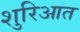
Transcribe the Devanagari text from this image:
शुरिआत